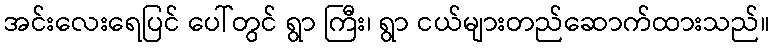
အင်းလေးရေပြင် ပေါ်တွင် ရွာ ကြီး၊ ရွာ ငယ်များတည်ဆောက်ထားသည်။